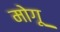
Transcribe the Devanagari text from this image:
मोगू